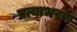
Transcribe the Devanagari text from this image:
प्रत्याभरण